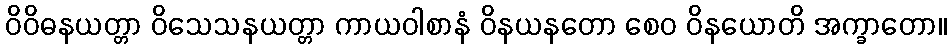
ဝိဝိဓနယတ္တာ ဝိသေသနယတ္တာ ကာယဝါစာနံ ဝိနယနတော စေဝ ဝိနယောတိ အက္ခာတော။